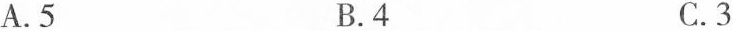
A.5 B.4 C.3